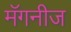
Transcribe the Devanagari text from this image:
मॅगनीज